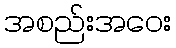
အစည်းအဝေး